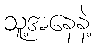
သူ့အနေနဲ့